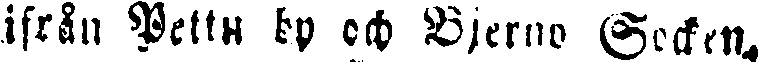
ifrån Petty bu och Bjerno Socken.